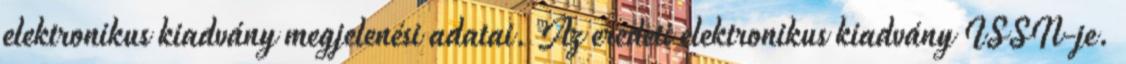
elektronikus kiadvány megjelenési adatai. Az eredeti elektronikus kiadvány ISSN-je.